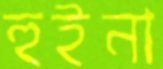
হুইনা